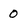
Character: 0